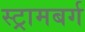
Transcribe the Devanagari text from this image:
स्ट्रामबर्ग